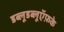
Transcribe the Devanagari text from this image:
डब्लूडब्लूऍफ़के